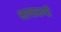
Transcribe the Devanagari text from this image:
भाषारूपी